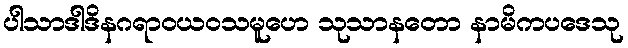
ပါသာဒါဒိနဂရာဝယဝသမူဟေ သုသာနတော နာမိကပဒေသု